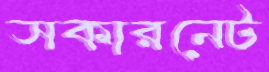
সকারনেট